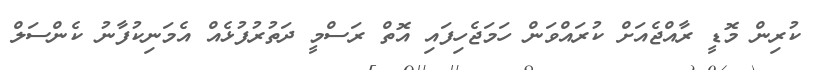
ކުރިން މޮޑީ ރާއްޖެއަށް ކުރައްވަން ހަމަޖެހިފައި އޮތް ރަސްމީ ދަތުރުފުޅެއް އެމަނިކުފާނު ކެންސަލް